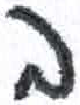
אות: ב